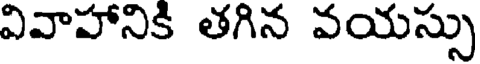
వివాహానికి తగిన వయస్సు